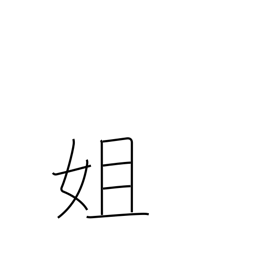
Meaning: elder sister